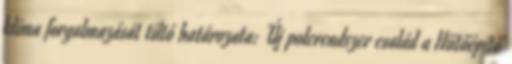
klíma forgalmazását tiltó határozata: Új polcrendszer család a Hűtőépítő